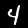
Label: 4